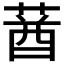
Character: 𦳷